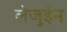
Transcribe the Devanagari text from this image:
लेजुईन